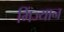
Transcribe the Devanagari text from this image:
मिंज्यान